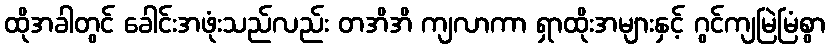
ထိုအခါတွင် ခေါင်းအဖုံးသည်လည်း တအိအိ ကျလာကာ ရှာထိုးအများနှင့် ဂွင်ကျမြဲမြံစွာ